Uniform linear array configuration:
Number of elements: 64
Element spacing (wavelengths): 0.5
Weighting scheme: kaiser
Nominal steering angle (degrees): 60
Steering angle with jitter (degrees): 58.515
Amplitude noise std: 0.05
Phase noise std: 0.05

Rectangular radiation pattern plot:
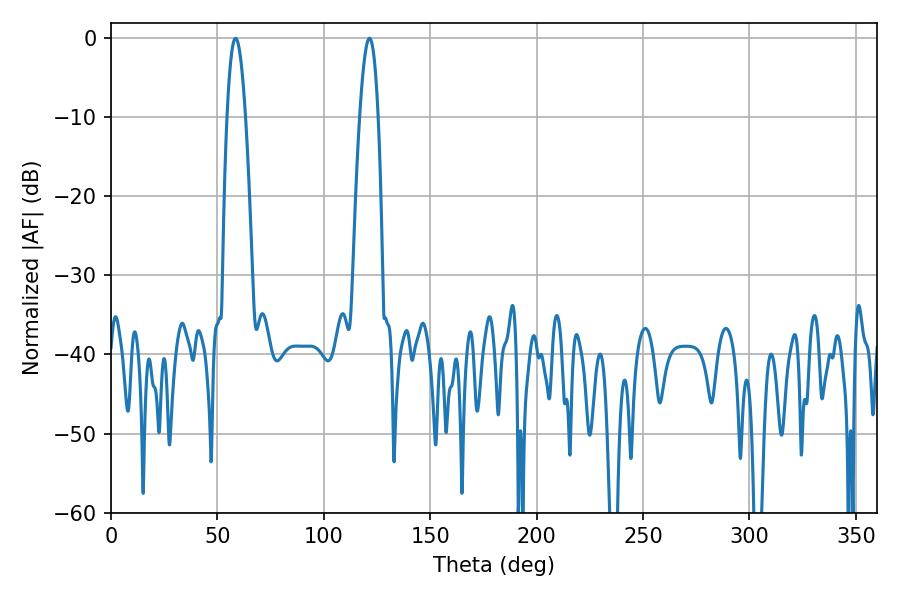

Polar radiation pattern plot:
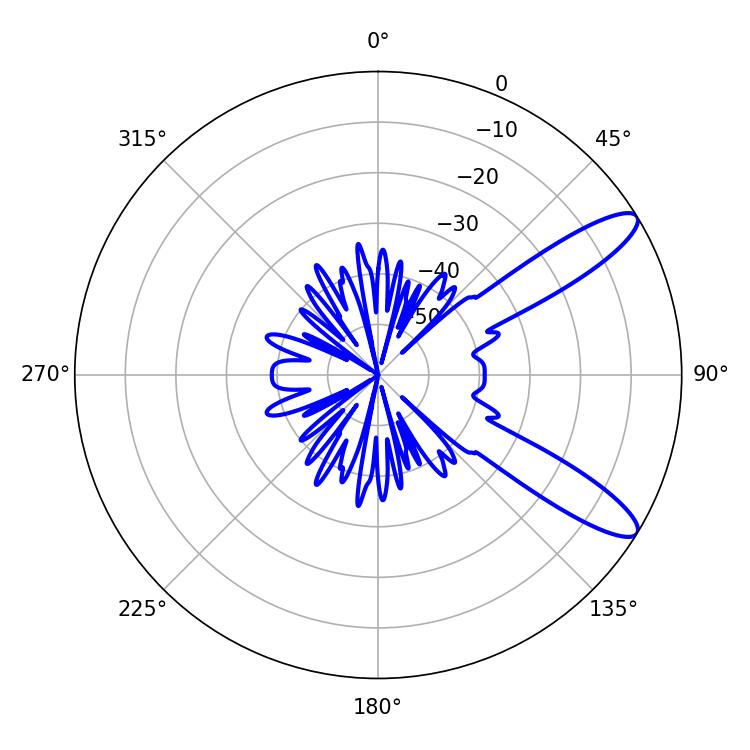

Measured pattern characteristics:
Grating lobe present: FALSE
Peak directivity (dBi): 11.131
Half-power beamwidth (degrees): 4.68
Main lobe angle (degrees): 58.5